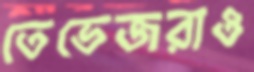
তেভেজরাও